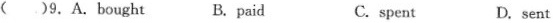
()9.A.Bought B、paid C. spent D.sent